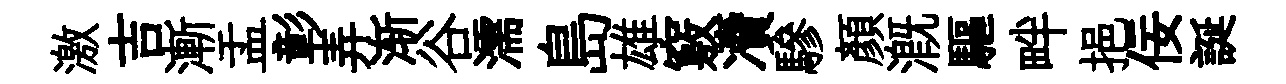
激吉漸盂彰弄渐谷濡島雄竅凟驂顏溉驅畔挹佞誕